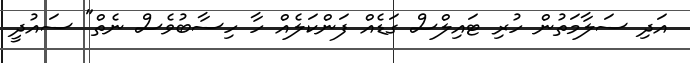
އަދި ސަލާމަތުން ހުރި ޓައިލްސް ގަޑެއް ފަންކަލެއް ހާ ހިސާބުވެސް ނެތް" ސައުދީ